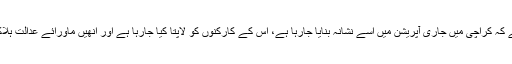
پارٹی کا الزام ہے کہ کراچی میں جاری آپریشن میں اسے نشانہ بنایا جارہا ہے، اس کے کارکنوں کو لاپتا کیا جارہا ہے اور انھیں ماورائے عدالت ہلاک کیا جارہا ہے۔